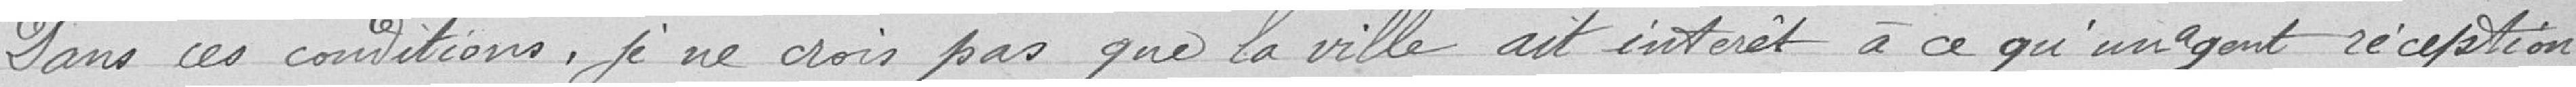
Dans ces conditions,je ne crois pas que la ville ait intérêt à ce qu'un agent réception